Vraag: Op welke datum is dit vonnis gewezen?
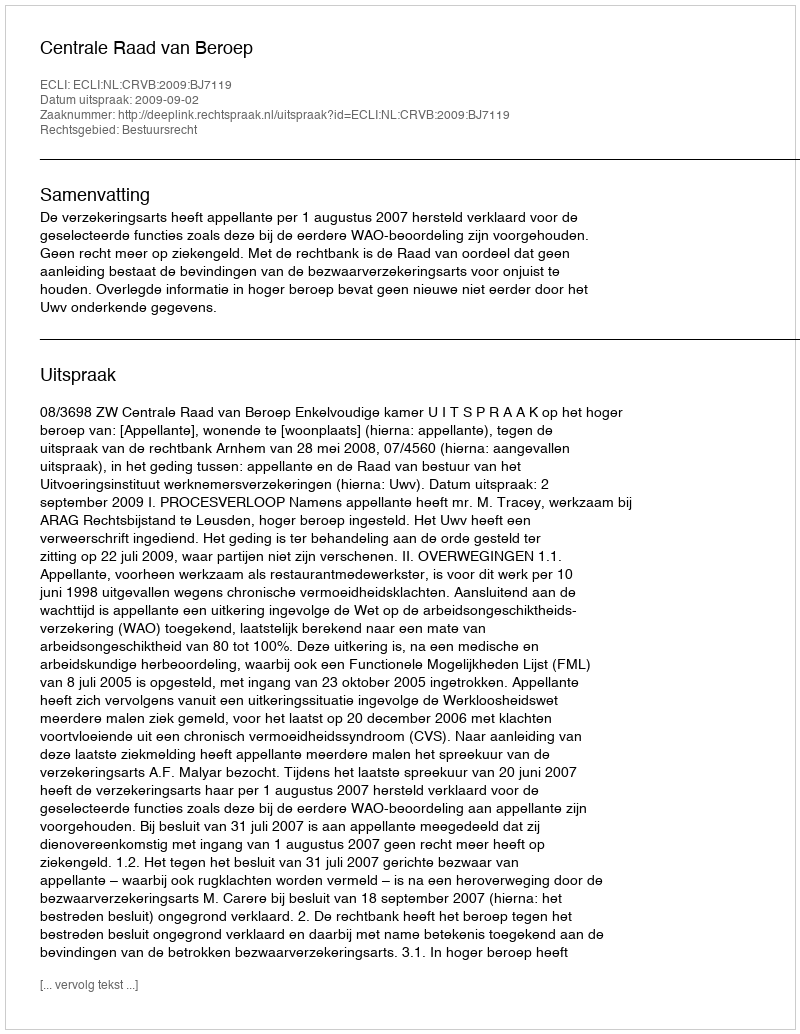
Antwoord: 2009-09-02